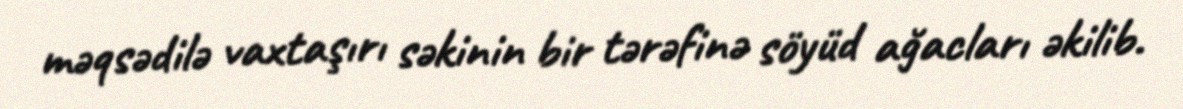
məqsədilə vaxtaşırı səkinin bir tərəfinə söyüd ağacları əkilib.